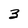
Character: 3